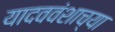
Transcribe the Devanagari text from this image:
यादववंशाच्या